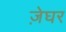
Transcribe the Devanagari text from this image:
ज़ेघर